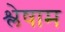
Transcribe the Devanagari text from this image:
श्लेषाम